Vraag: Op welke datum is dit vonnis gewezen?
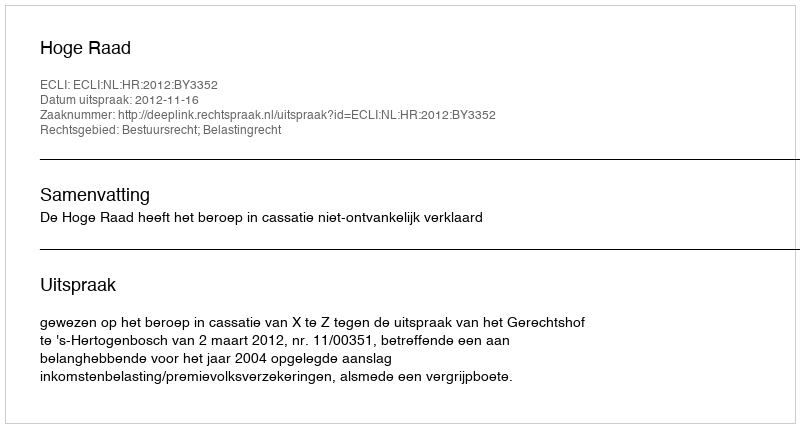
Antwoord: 2012-11-16